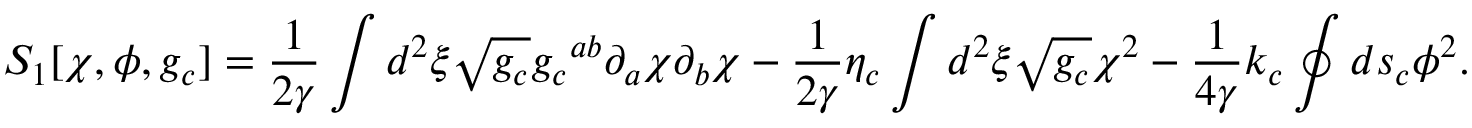
{ S _ { 1 } } [ \chi , \phi , { g _ { c } } ] = { \frac { 1 } { 2 \gamma } } \int { d ^ { 2 } } \xi \sqrt { g _ { c } } { { g _ { c } } ^ { a b } } { \partial _ { a } } \chi { \partial _ { b } } \chi - { \frac { 1 } { 2 \gamma } } { \eta _ { c } } \int { d ^ { 2 } } \xi \sqrt { g _ { c } } { \chi ^ { 2 } } - { \frac { 1 } { 4 \gamma } } { k _ { c } } \oint { d } { s _ { c } } { \phi ^ { 2 } } .